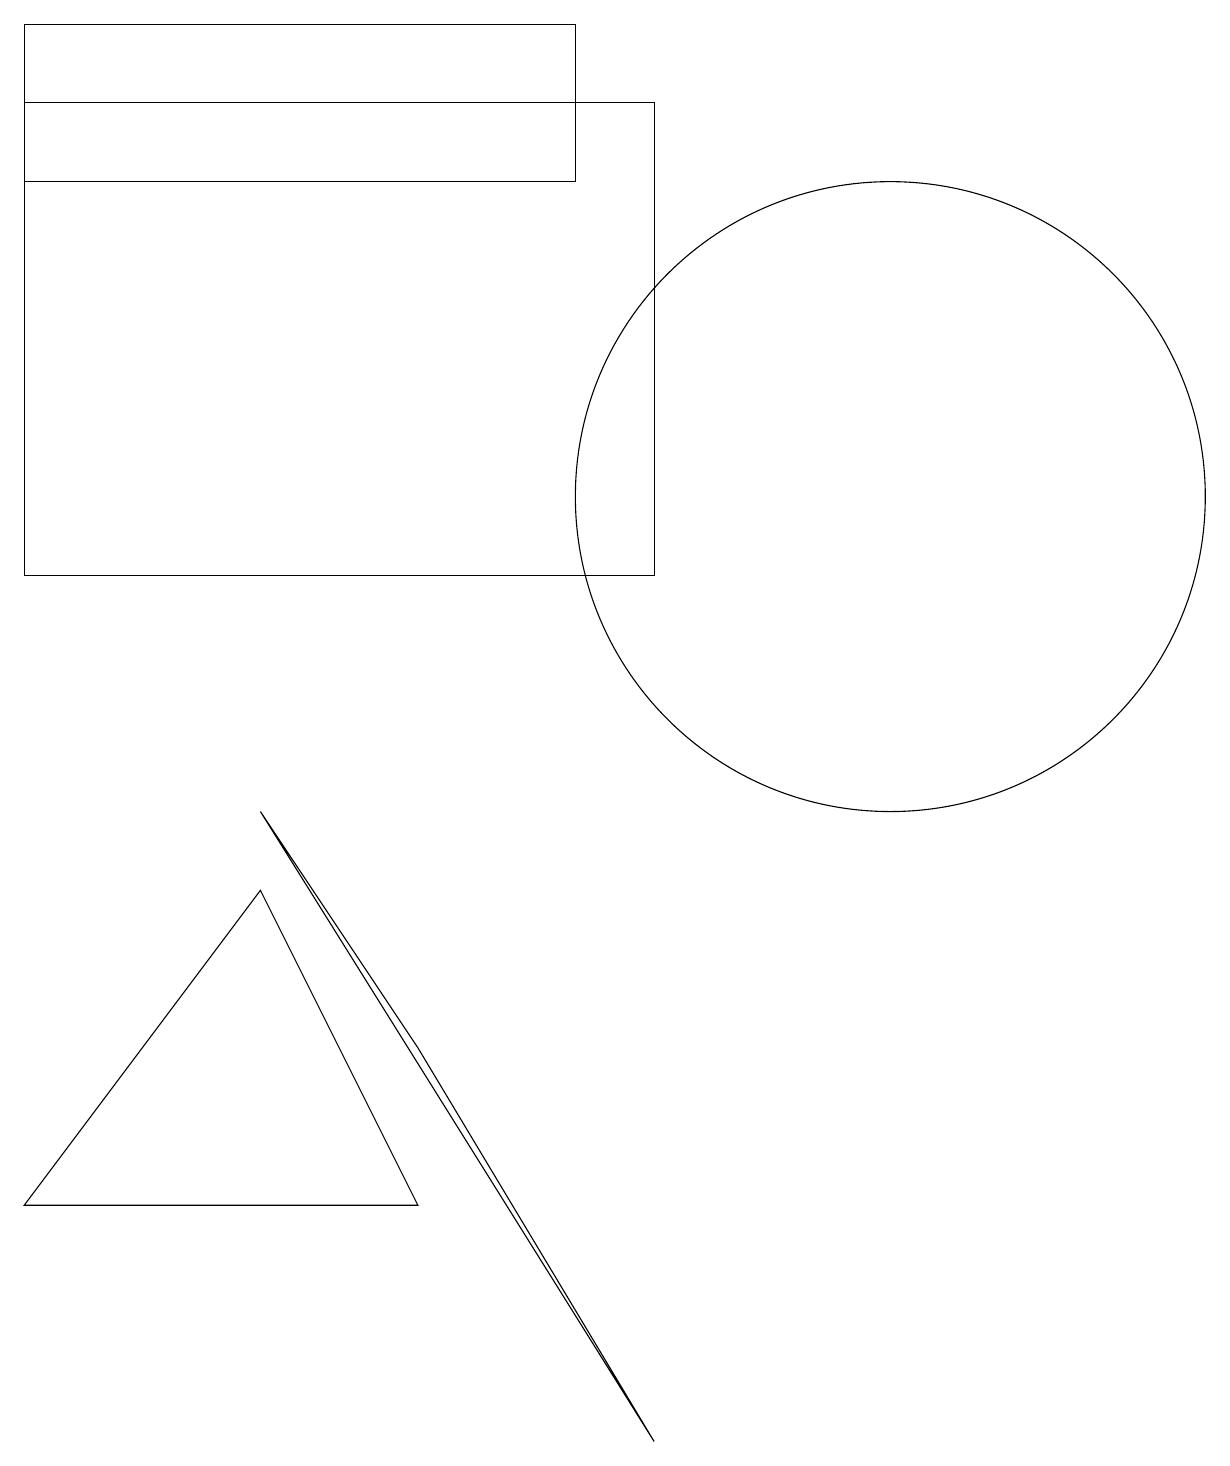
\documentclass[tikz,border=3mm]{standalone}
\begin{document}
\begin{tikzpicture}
\draw (6,3) -- (1,3) -- (4,7) -- cycle;
\draw (9,17) rectangle (1,11);
\draw (8,18) rectangle (1,16);
\draw (4,8) -- (9,0) -- (6,5) -- cycle;
\draw (12,12) circle (4);
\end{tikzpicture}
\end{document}